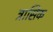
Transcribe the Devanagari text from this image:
त्रासिक